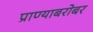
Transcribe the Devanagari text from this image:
प्राण्याबरोबर